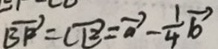
\overrightarrow { B F } = \overrightarrow { C E } = \overrightarrow { a } - \frac { 1 } { 4 } \overrightarrow { b }